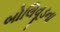
બોલિવૂડના